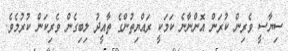
ސިޔާސީ ވެރިން ކުރަން އޮންނާނެ ކަމަކީ ރައްޔިތުންގެ ތާއީދު ލިބިގެން ވެރިކަން ކުރުމެވެ.